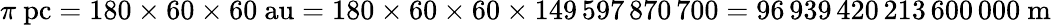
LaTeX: \pi{\mathrm{~pc}}=180\times 60\times 60{\mathrm{~au}}=180\times 60\times 60\times 149\, 597\, 870\, 700=96\, 939\, 420\, 213\, 600\, 000{\mathrm{~m}}